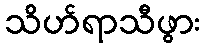
သိဟ်ရာသီဖွား